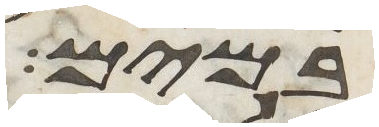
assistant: במים